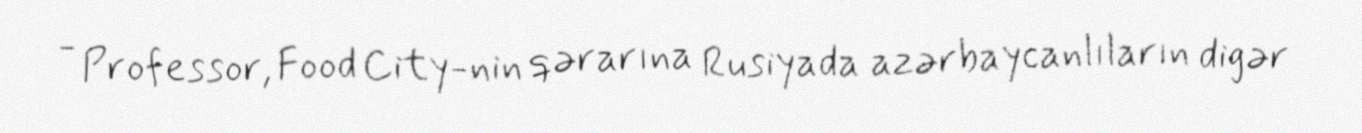
- Professor, Food City-nin qərarına Rusiyada azərbaycanlıların digər